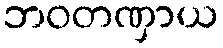
ဘဝတဏှာယ